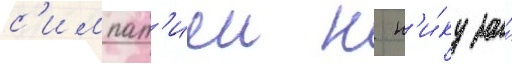
с'импат'иеи к н'и́ку за́